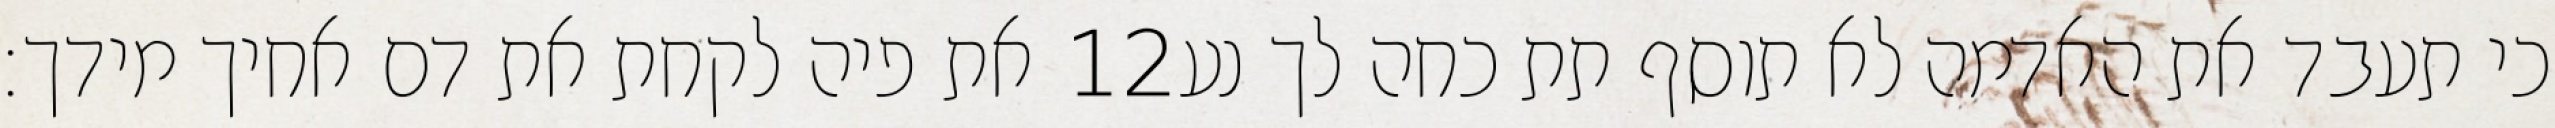
את פיה לקחת את דם אחיך מידך׃ ‎12‏ כי תעבד את האדמה לא תוסף תת כחה לך נע